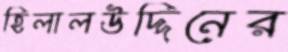
হিলালউদ্দিনের